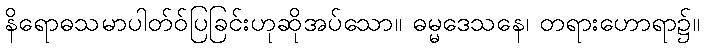
နိရောဓသမာပါတ်ဝ်ပြခြင်းဟုဆိုအပ်သော။ ဓမ္မဒေသနေ၊ တရားဟောရာ၌။